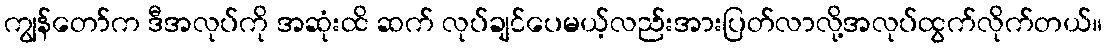
ကျွန်တော်က ဒီအလုပ်ကို အဆုံးထိ ဆက် လုပ်ချင်ပေမယ့်လည်းအားပြတ်လာလို့အလုပ်ထွက်လိုက်တယ်။